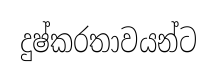
දුෂ්කරතාවයන්ට